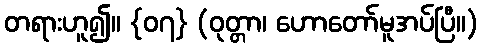
တရားဟူ၍။ {၀၇} (ဝုတ္တာ၊ ဟောတော်မူအပ်ပြီ။)